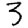
Digit: 3